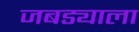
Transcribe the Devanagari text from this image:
जबड्याला